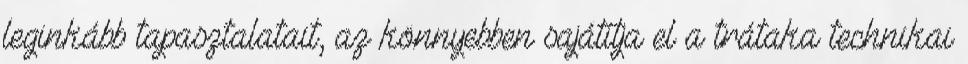
leginkább tapasztalatait, az könnyebben sajátítja el a trátaka technikai